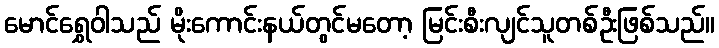
မောင်ရွှေဝါသည် မိုးကောင်းနယ်တွင်မတော့ မြင်းစီးလျင်သူတစ်ဦးဖြစ်သည်။